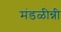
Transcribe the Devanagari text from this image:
मंडळीन्नी